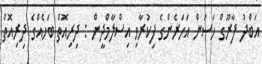
އަބްދު ފާރޫގް ހަސަން އަހަރެންގެ ފިކުރާވި އިސްލާމްދީން : ދިރިއޮތް ބަހެއްގެ ދިރިއޮތް